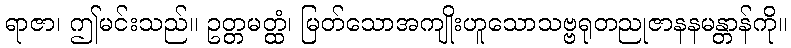
ရာဇာ၊ ဤမင်းသည်။ ဥတ္တမတ္ထံ၊ မြတ်သောအကျိုးဟူသောသဗ္ဗရုတညုဇာနနမန္တာန်ကို။